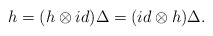
\begin{align*}h=(h\otimes id)\Delta=(id\otimes h)\Delta.\end{align*}